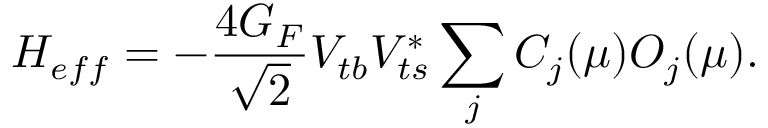
{ \cal H } _ { e f f } = - \frac { 4 G _ { F } } { \sqrt { 2 } } V _ { t b } V _ { t s } ^ { * } \sum _ { j } C _ { j } ( \mu ) { \cal O } _ { j } ( \mu ) .